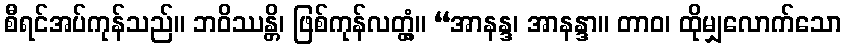
စီရင်အပ်ကုန်သည်။ ဘဝိဿန္တိ၊ ဖြစ်ကုန်လတ္တံ့။ “အာနန္ဒ၊ အာနန္ဒာ။ တာဝ၊ ထိုမျှလောက်သော